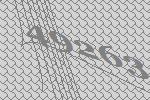
49263